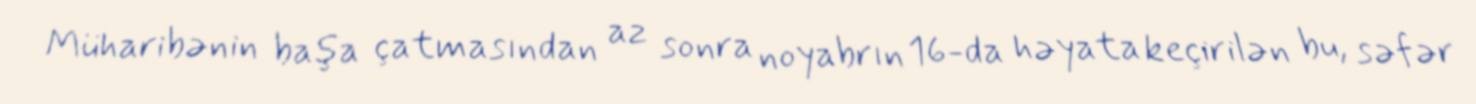
Müharibənin başa çatmasından az sonra noyabrın 16-da həyata keçirilən bu, səfər